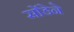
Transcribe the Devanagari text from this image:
सोंडेने